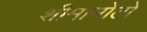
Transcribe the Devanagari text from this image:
शीमामोटो